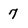
Character: 7